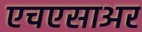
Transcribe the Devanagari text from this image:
एचएसाअर